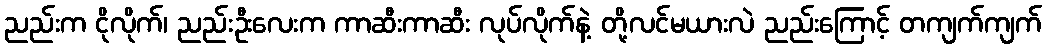
ညည်းက ငိုလိုက်၊ ညည်းဦးလေးက ကာဆီးကာဆီး လုပ်လိုက်နဲ့ တို့လင်မယားလဲ ညည်းကြောင့် တကျက်ကျက်